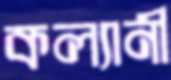
কল্যানী